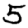
Digit: 5